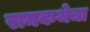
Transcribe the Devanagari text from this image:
रामकथेचा